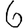
Digit: 6